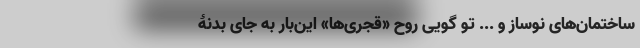
ساختمان‌های نوساز و ... تو گویی روح «قجری‌ها» این‌بار به جای بدنۀ